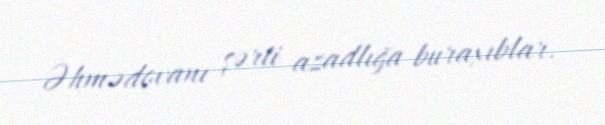
Əhmədovanı şərti azadlığa buraxıblar.